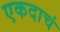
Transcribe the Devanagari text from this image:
एकदाचं